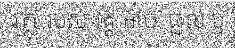
វត្ថុ របស់ វត្ត អាច ជួល ឬ